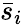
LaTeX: \bar{s}_{i}